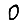
Digit: 0